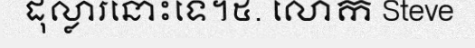
ដុល្លារនោះទេ។៥. លោក Steve